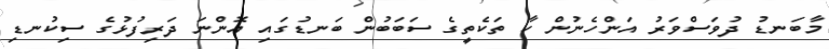
މާބަނޑު ދުވަސްވަރު އަންހެނުން ކާ ތަކެތީގެ ސަބަބުން ބަނޑުގައި އޮންނަ ދަރިފުޅުގެ ސިކުނޑި